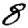
Digit: 8